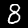
Label: 8